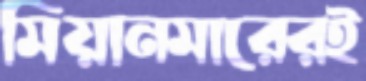
মিয়ানমারেরই